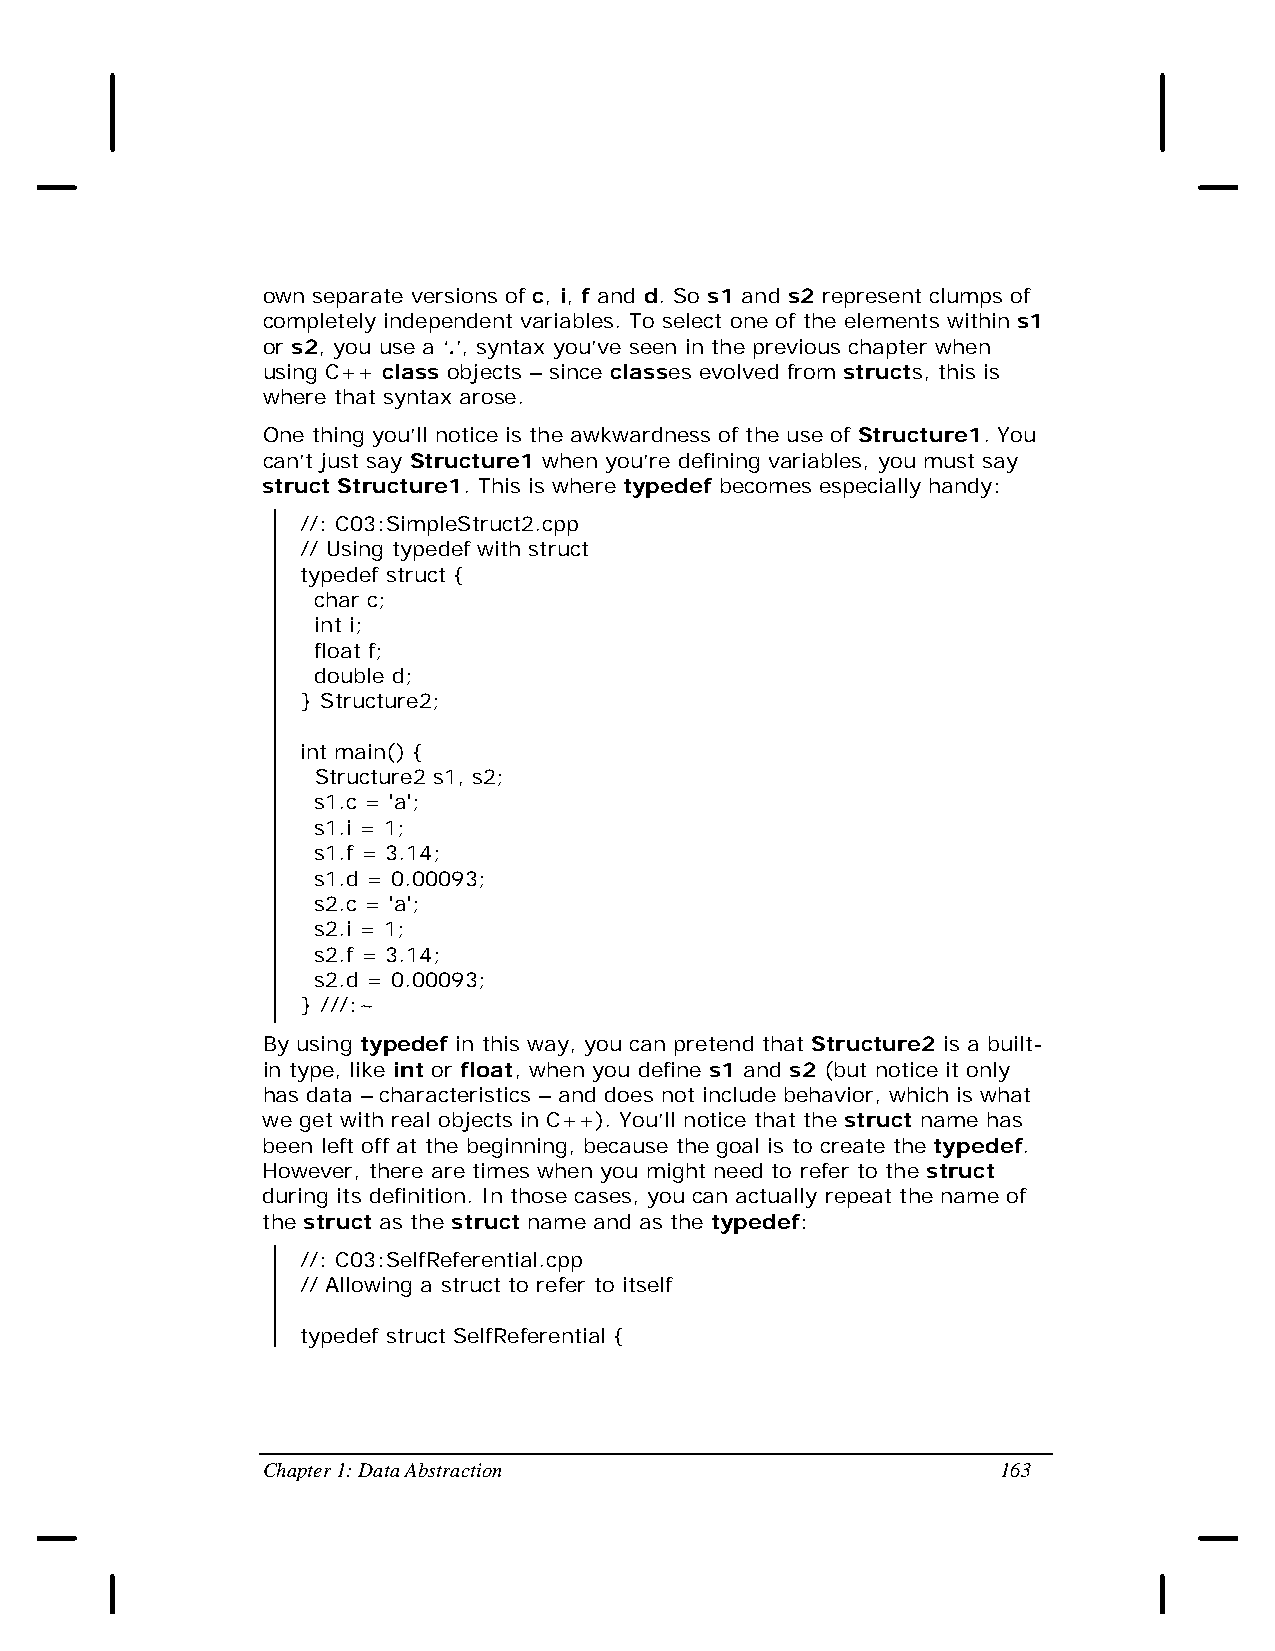
own separate versions of c, i, f and d. So s1 and s2 represent clumps of
 completely independent variables. To select one of the elements within s1
 or s2, you use a ‘.’, syntax you’ve seen in the previous chapter when
 using C++ class objects – since classes evolved from structs, this is
 where that syntax arose.
 One thing you’ll notice is the awkwardness of the use of Structure1. You
 can’t just say Structure1 when you’re defining variables, you must say
 struct Structure1. This is where typedef becomes especially handy:
 //: C03:SimpleStruct2.cpp
 // Using typedef with struct
 typedef struct {
 char c;
 int i;
 float f;
 double d;
 } Structure2;
 int main() {
 Structure2 s1, s2;
 s1.c = 'a';
 s1.i = 1;
 s1.f = 3.14;
 s1.d = 0.00093;
 s2.c = 'a';
 s2.i = 1;
 s2.f = 3.14;
 s2.d = 0.00093;
 } ///:~
 By using typedef in this way, you can pretend that Structure2 is a built-
 in type, like int or float, when you define s1 and s2 (but notice it only
 has data – characteristics – and does not include behavior, which is what
 we get with real objects in C++). You’ll notice that the struct name has
 been left off at the beginning, because the goal is to create the typedef.
 However, there are times when you might need to refer to the struct
 during its definition. In those cases, you can actually repeat the name of
 the struct as the struct name and as the typedef:
 //: C03:SelfReferential.cpp
 // Allowing a struct to refer to itself
 typedef struct SelfReferential {
 Chapter 1: Data Abstraction                      163